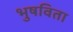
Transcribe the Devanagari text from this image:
भुषविता